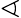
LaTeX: \sphericalangle